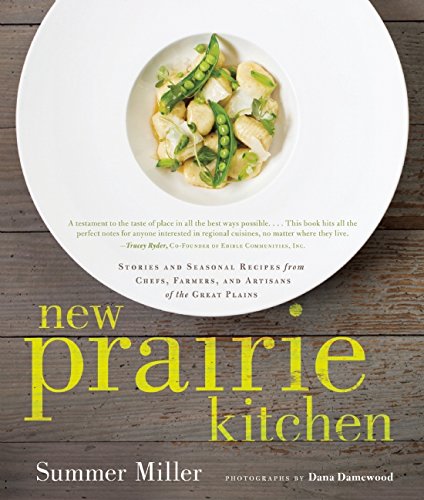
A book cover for New Prairie Kitchen: Stories and Seasonal Recipes from Chefs, Farmers, and Artisans of the Great Plains; Summer Miller; Cookbooks, Food & Wine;